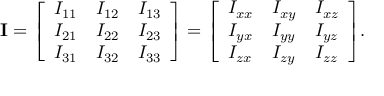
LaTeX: \mathbf { I } = { \left[ \begin{array} { l l l } { I _ { 1 1 } } & { I _ { 1 2 } } & { I _ { 1 3 } } \\ { I _ { 2 1 } } & { I _ { 2 2 } } & { I _ { 2 3 } } \\ { I _ { 3 1 } } & { I _ { 3 2 } } & { I _ { 3 3 } } \end{array} \right] } = { \left[ \begin{array} { l l l } { I _ { x x } } & { I _ { x y } } & { I _ { x z } } \\ { I _ { y x } } & { I _ { y y } } & { I _ { y z } } \\ { I _ { z x } } & { I _ { z y } } & { I _ { z z } } \end{array} \right] } .